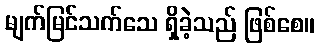
မျက်မြင်သက်သေ ရှိခဲ့သည် ဖြစ်စေ။